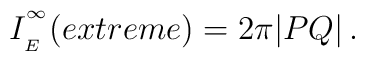
I_{\phantom{}_{E}}^{\phantom{}^\infty}(extreme) = 2\pi |PQ| \, .